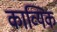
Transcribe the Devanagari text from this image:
काव्यिक